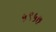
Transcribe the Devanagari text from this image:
५९५७